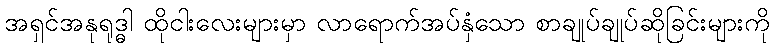
အရှင်အနုရုဒ္ဓါ ထိုငါးလေးများမှာ လာရောက်အပ်နှံသော စာချုပ်ချုပ်ဆိုခြင်းများကို